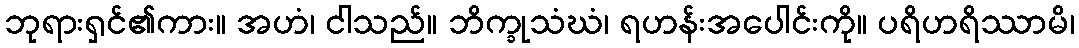
ဘုရားရှင်၏ကား။ အဟံ၊ ငါသည်။ ဘိက္ခုသံဃံ၊ ရဟန်းအပေါင်းကို။ ပရိဟရိဿာမိ၊